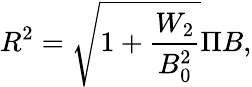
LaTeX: R^{2}=\sqrt{1+\frac{W_{2}}{B_{0}^{2}}}\Pi B,